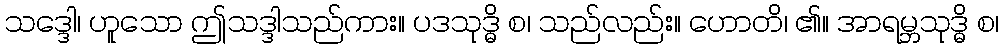
သဒ္ဒေါ၊ ဟူသော ဤသဒ္ဒါသည်ကား။ ပဒသုဒ္ဓိ စ၊ သည်လည်း။ ဟောတိ၊ ၏။ အာရမ္ဘသုဒ္ဓိ စ၊